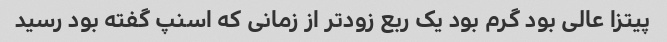
پیتزا عالی بود گرم بود یک ربع زودتر از زمانی که اسنپ گفته بود رسید